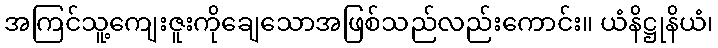
အကြင်သူ့ကျေးဇူးကိုချေသောအဖြစ်သည်လည်းကောင်း။ ယံနိဋ္ဌုနိယံ၊